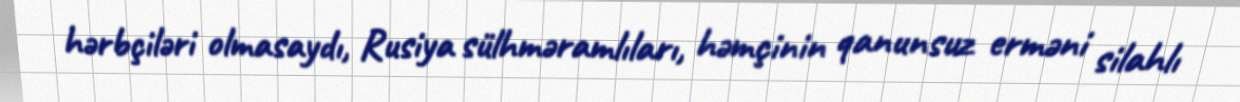
hərbçiləri olmasaydı, Rusiya sülhməramlıları, həmçinin qanunsuz erməni silahlı